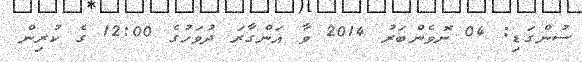
ސުންގަޑި: 04 ނޮވެންބަރު 2014 ވާ އަންގާރަ ދުވަހުގެ 12:00 ގެ ކުރިން